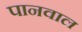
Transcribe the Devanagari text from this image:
पानवाल